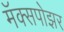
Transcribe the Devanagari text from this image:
मॅक्सपोझर